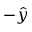
- \hat { y }